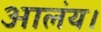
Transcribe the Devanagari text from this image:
आलंय।